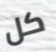
كل